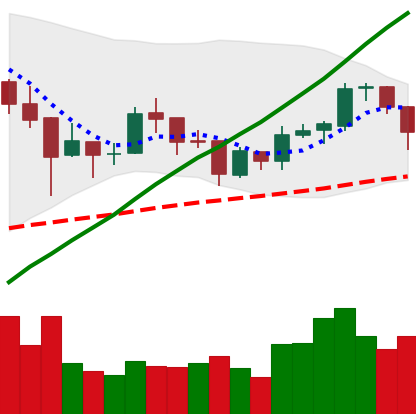
Ticker: BTC-USD
Chart end date: 2018-01-08
Forward return: -5.339%
Label: down_5_7